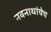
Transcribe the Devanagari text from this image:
नवनाथांचेच